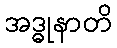
အဒ္ဓုနာတိ